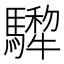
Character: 𩦄